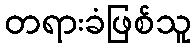
တရားခံဖြစ်သူ